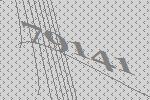
79141